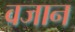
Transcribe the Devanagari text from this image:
वजान